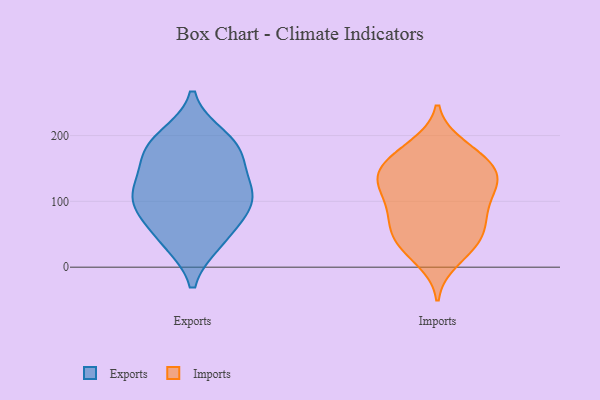
{"axis": {"x": "Customer Acquisition Cost (USD)", "y": "Value"}, "legend": ["Exports", "Imports"], "data": [{"x": "", "y": 171, "type": "Exports"}, {"x": "", "y": 178, "type": "Exports"}, {"x": "", "y": 96, "type": "Exports"}, {"x": "", "y": 101, "type": "Exports"}, {"x": "", "y": 103, "type": "Exports"}, {"x": "", "y": 40, "type": "Exports"}, {"x": "", "y": 39, "type": "Exports"}, {"x": "", "y": 132, "type": "Exports"}, {"x": "", "y": 184, "type": "Exports"}, {"x": "", "y": 122, "type": "Exports"}, {"x": "", "y": 76, "type": "Exports"}, {"x": "", "y": 197, "type": "Exports"}, {"x": "", "y": 171, "type": "Imports"}, {"x": "", "y": 123, "type": "Imports"}, {"x": "", "y": 184, "type": "Imports"}, {"x": "", "y": 120, "type": "Imports"}, {"x": "", "y": 129, "type": "Imports"}, {"x": "", "y": 140, "type": "Imports"}, {"x": "", "y": 11, "type": "Imports"}, {"x": "", "y": 151, "type": "Imports"}, {"x": "", "y": 79, "type": "Imports"}, {"x": "", "y": 69, "type": "Imports"}, {"x": "", "y": 92, "type": "Imports"}, {"x": "", "y": 54, "type": "Imports"}, {"x": "", "y": 177, "type": "Imports"}, {"x": "", "y": 148, "type": "Imports"}, {"x": "", "y": 36, "type": "Imports"}, {"x": "", "y": 34, "type": "Imports"}, {"x": "", "y": 113, "type": "Imports"}, {"x": "", "y": 73, "type": "Imports"}, {"x": "", "y": 35, "type": "Imports"}, {"x": "", "y": 145, "type": "Imports"}]}